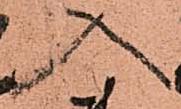
入